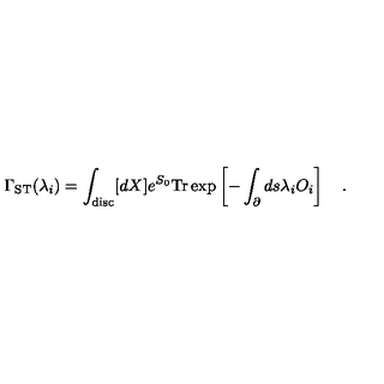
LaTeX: \Gamma _ { \mathrm { S T } } ( \lambda _ { i } ) = \int _ { \mathrm { d i s c } } [ d X ] e ^ { S _ { 0 } } \mathrm { T r } \exp \left[ - \int _ { \partial } d s \lambda _ { i } O _ { i } \right] \quad .